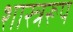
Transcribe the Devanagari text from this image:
शास्त्ररूप